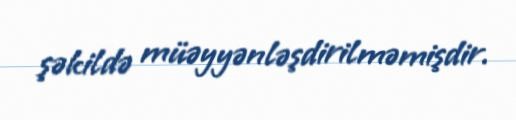
şəkildə müəyyənləşdirilməmişdir.